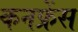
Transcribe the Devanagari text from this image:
कनफ्रेंस